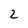
Character: 2